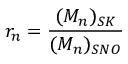
r _ { n } = \frac { ( M _ { n } ) _ { S K } } { ( M _ { n } ) _ { S N O } }